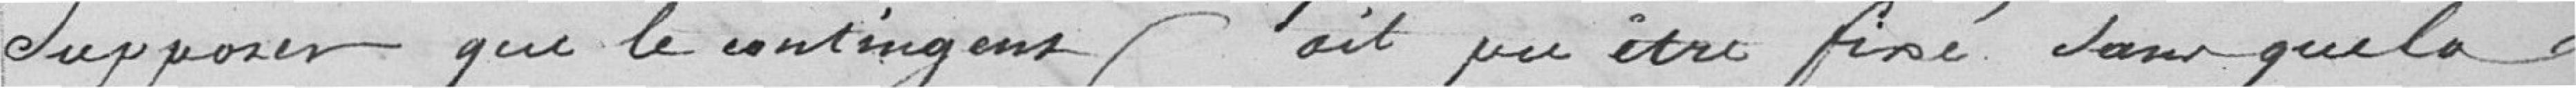
Supposer que le contingent ait pu être fixé sans que la